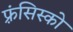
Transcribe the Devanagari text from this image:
फ़्रंसिस्को